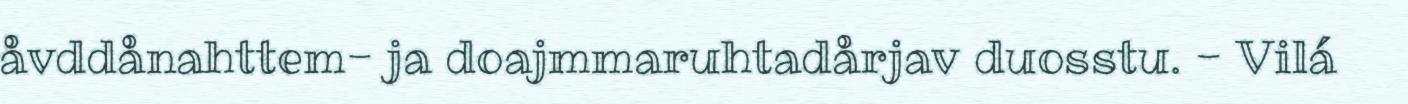
åvddånahttem- ja doajmmaruhtadårjav duosstu. - Vilá